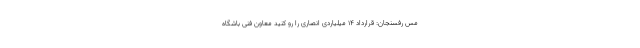
مس رفسنجان: قرارداد 14 میلیاردی انصاری را رو کُنید معاون فنی باشگاه